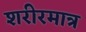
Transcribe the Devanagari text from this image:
शरीरमात्र